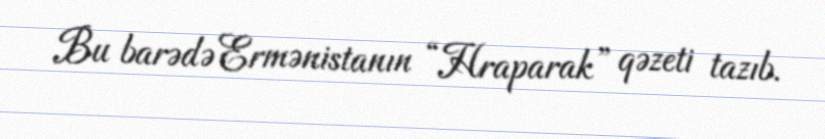
Bu barədə Ermənistanın “Hraparak” qəzeti tazıb.